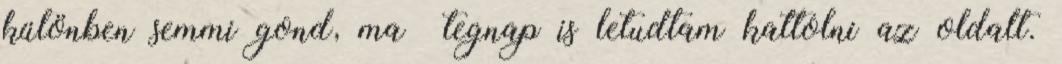
különben semmi gond, ma tegnap is letudtam kattolni az oldalt.